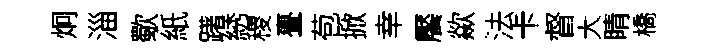
炯淄歜紙躇綉稷亹苞掀幸饜歘法卡督大睛橋